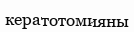
кератотомияны